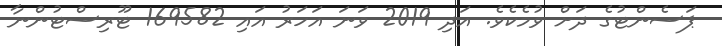
ޕަސެންޓުގެ ދަށް ވުމެކެވެ. އަދި 2019 ވަނަ އަހަރު އައި 169582 ޓޫރިސްޓުންނާ